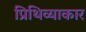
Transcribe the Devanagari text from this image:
प्रिथिव्याकार